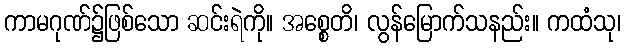
ကာမဂုဏ်၌ဖြစ်သော ဆင်းရဲကို။ အစ္စေတိ၊ လွန်မြောက်သနည်း။ ကထံသု၊